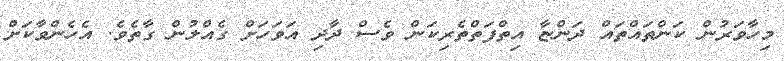
މިހާވަރުން ކަންތައްތައް ދަންޏާ އިތްފަތްތެރިކަން ވެސް ދާދި އަވަހަށް ގެއްލުން ގާތެވެ. އެހެންވާކަށް